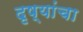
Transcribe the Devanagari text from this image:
दृष्यांचा